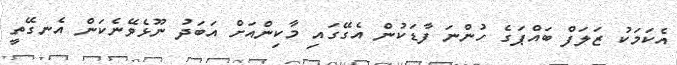
އެކަމަކު ޒަލަފް ބައްޕަގެ ހުންނަ ފާޑަކުން އެގޭގައި މާކިންއަށް އަބަދު ނޫޅެވޭނެކަން އެނގޭތީ